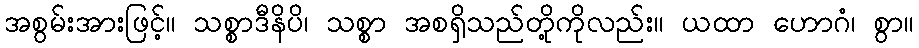
အစွမ်းအားဖြင့်။ သစ္စာဒီနိပိ၊ သစ္စာ အစရှိသည်တို့ကိုလည်း။ ယထာ ဟောဂံ၊ စွာ။